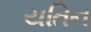
યતિન